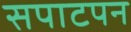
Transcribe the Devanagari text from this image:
सपाटपन